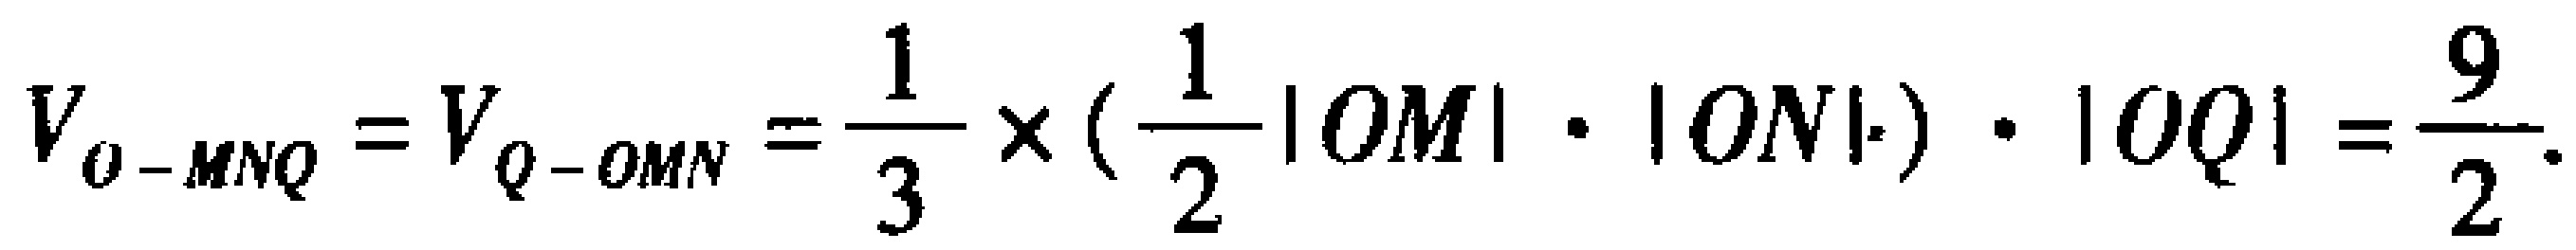
\[

V_{O - MNQ}=V_{Q - OMN}=\frac{1}{3}\times(\frac{1}{2}|OM|\cdot|ON|)\cdot|OQ|=\frac{9}{2}.

\]